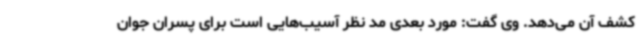
کشف آن می‌دهد. وی گفت: مورد بعدی مد نظر آسیب‌هایی است برای پسران جوان